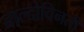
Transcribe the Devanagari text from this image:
बाल्दोविनती